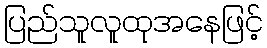
ပြည်သူလူထုအနေဖြင့်